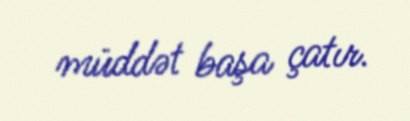
müddət başa çatır.